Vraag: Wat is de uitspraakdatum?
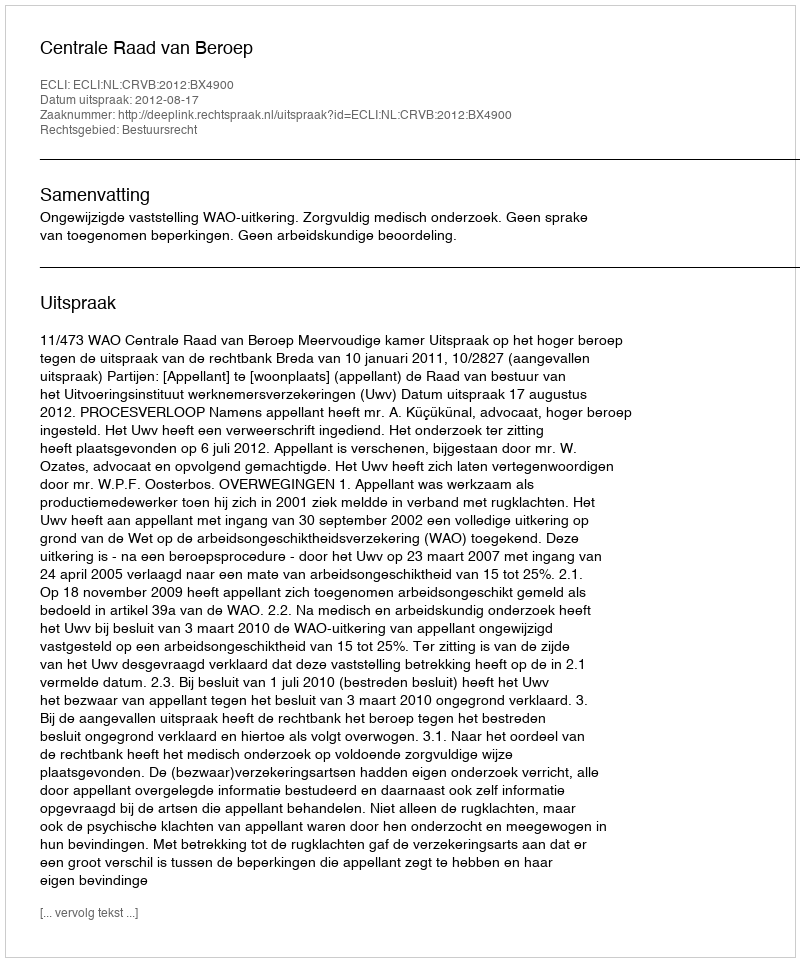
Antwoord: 2012-08-17